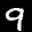
Label: 9